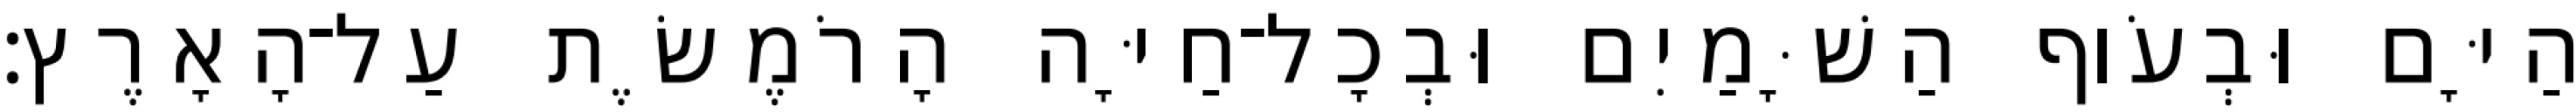
הַיָּם וּבְעֹוף הַשָּׁמַיִם וּבְכָל־חַיָּה הָרֹמֶשֶׂת עַל־הָאָרֶץ׃